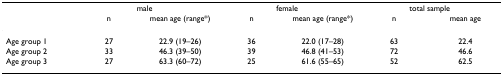
<table><thead><tr><td></td><td colspan="2"><b>male </b></td><td colspan="2"><b>female </b></td><td colspan="2"><b>total sample</b></td></tr><tr><td></td><td><b>n</b></td><td><b>mean age (range*)</b></td><td><b>n</b></td><td><b>mean age (range*)</b></td><td><b>n</b></td><td><b> mean age</b></td></tr></thead><tbody><tr><td>Age group 1</td><td>27</td><td>22.9 (19–26)</td><td>36</td><td>22.0 (17–28)</td><td>63</td><td>22.4</td></tr><tr><td>Age group 2</td><td>33</td><td>46.3 (39–50)</td><td>39</td><td>46.8 (41–53)</td><td>72</td><td>46.6</td></tr><tr><td>Age group 3</td><td>27</td><td>63.3 (60–72)</td><td>25</td><td>61.6 (55–65)</td><td>52</td><td>62.5</td></tr></tbody></table>